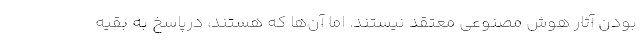
بودن آثار هوش مصنوعی معتقد نیستند. اما آن‌ها که هستند، درپاسخ به بقیه